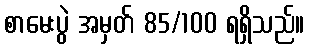
စာမေးပွဲ အမှတ် 85/100 ရရှိသည်။